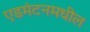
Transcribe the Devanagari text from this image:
एडमंटनमधील